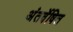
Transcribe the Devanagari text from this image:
अंतर्वेषित